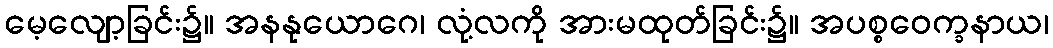
မေ့လျော့ခြင်း၌။ အနနုယောဂေ၊ လုံ့လကို အားမထုတ်ခြင်း၌။ အပစ္စဝေက္ခနာယ၊